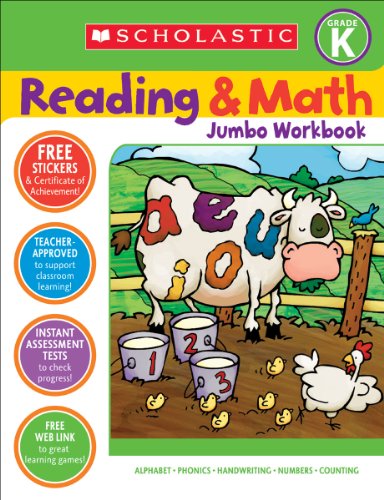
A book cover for Reading & Math Jumbo Workbook: Grade K; Children's Books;